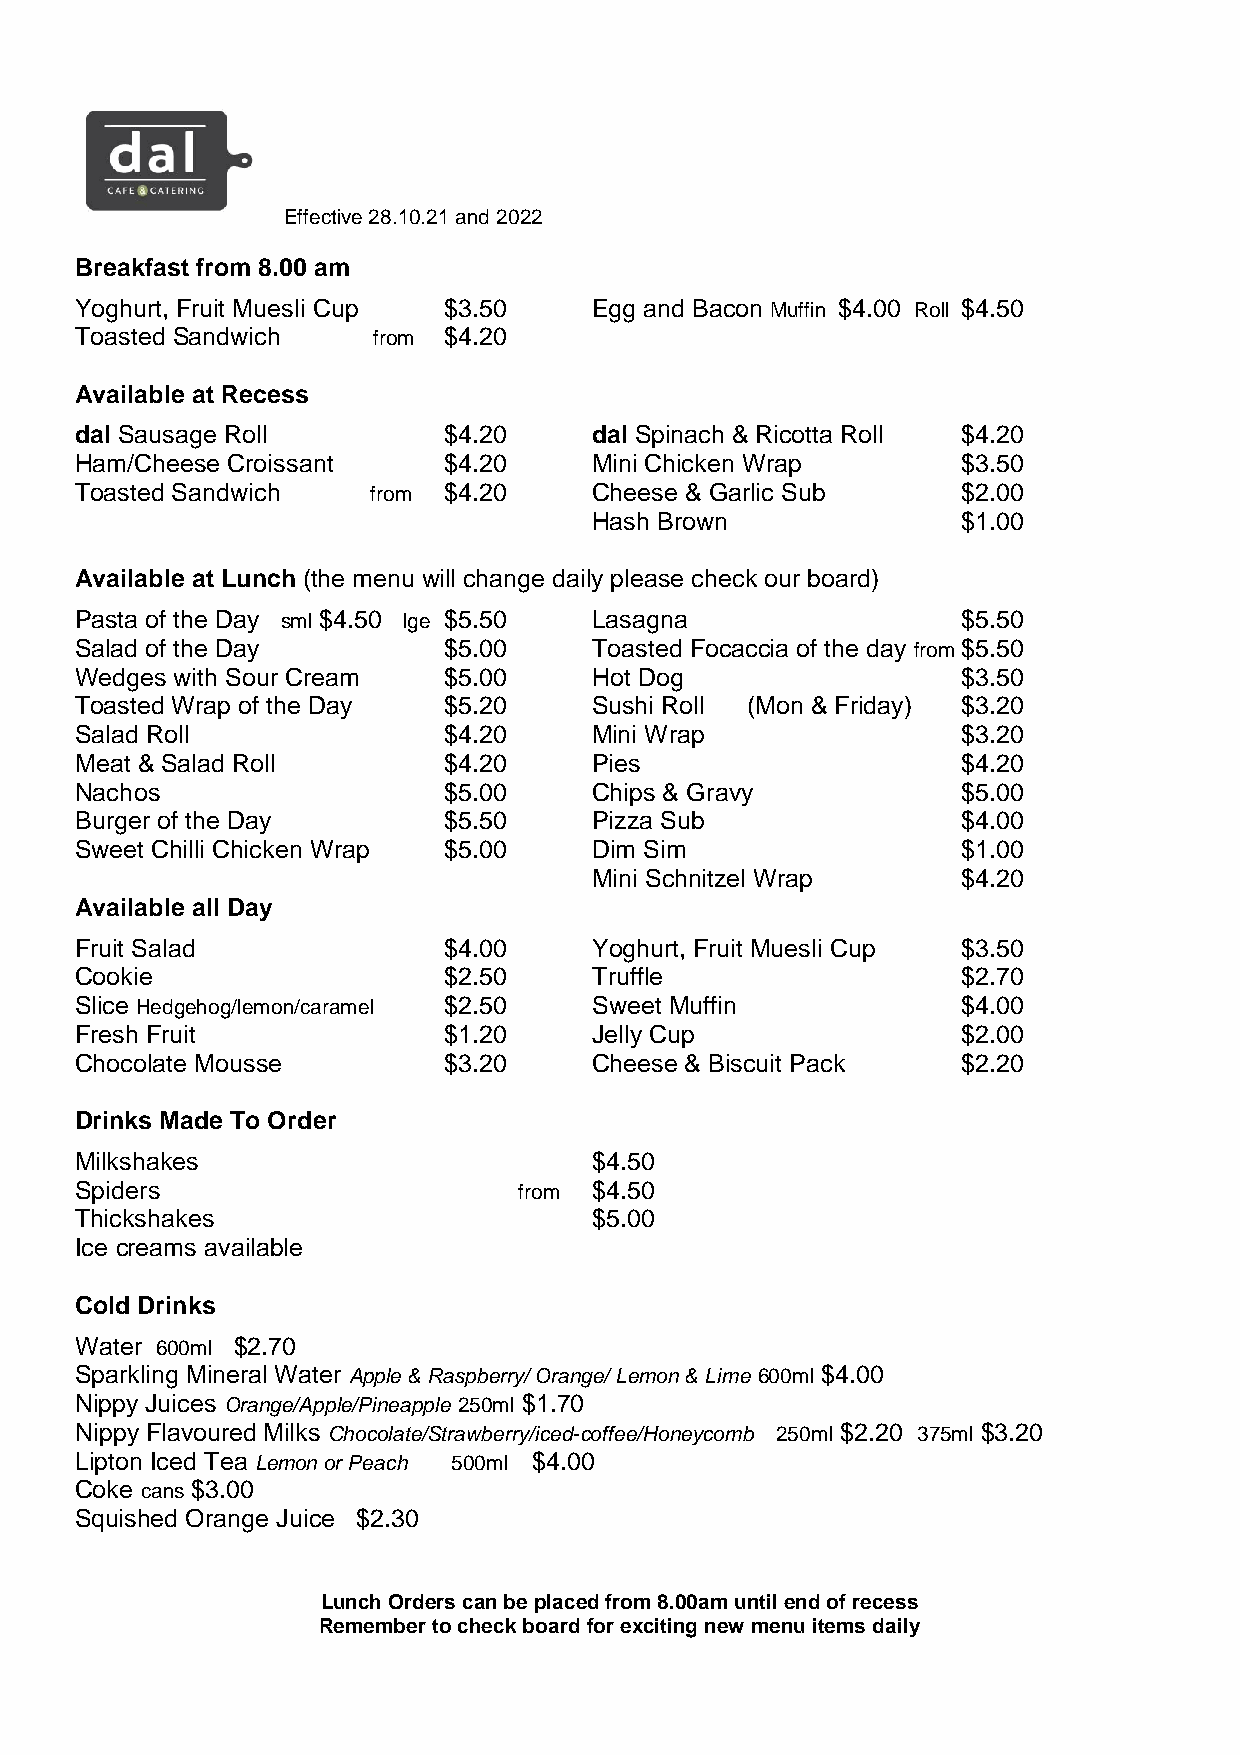
Effective 28.10.21 and 2022
 Breakfast from 8.00 am
 Yoghurt, Fruit Muesli Cup $3.50   Egg and Bacon Muffin $4.00 Roll $4.50
 Toasted Sandwich    from $4.20
 Available at Recess
 dal Sausage Roll        $4.20     dal Spinach & Ricotta Roll $4.20
 Ham/Cheese Croissant    $4.20     Mini Chicken Wrap        $3.50
 Toasted Sandwich    from $4.20    Cheese & Garlic Sub      $2.00
 Hash Brown               $1.00
 Available at Lunch (the menu will change daily please check our board)
 Pasta of the Day sml $4.50 lge $5.50 Lasagna               $5.50
 Salad of the Day        $5.00     Toasted Focaccia of the day from $5.50
 Wedges with Sour Cream  $5.00     Hot Dog                  $3.50
 Toasted Wrap of the Day $5.20     Sushi Roll (Mon & Friday) $3.20
 Salad Roll              $4.20     Mini Wrap                $3.20
 Meat & Salad Roll       $4.20     Pies                     $4.20
 Nachos                  $5.00     Chips & Gravy            $5.00
 Burger of the Day       $5.50     Pizza Sub                $4.00
 Sweet Chilli Chicken Wrap $5.00   Dim Sim                  $1.00
 Mini Schnitzel Wrap      $4.20
 Available all Day
 Fruit Salad             $4.00     Yoghurt, Fruit Muesli Cup $3.50
 Cookie                  $2.50     Truffle                  $2.70
 Slice Hedgehog/lemon/caramel $2.50 Sweet Muffin            $4.00
 Fresh Fruit             $1.20     Jelly Cup                $2.00
 Chocolate Mousse        $3.20     Cheese & Biscuit Pack    $2.20
 Drinks Made To Order
 Milkshakes                        $4.50
 Spiders                      from $4.50
 Thickshakes                       $5.00
 Ice creams available
 Cold Drinks
 Water 600ml $2.70
 Sparkling Mineral Water Apple & Raspberry/ Orange/ Lemon & Lime 600ml $4.00
 Nippy Juices Orange/Apple/Pineapple 250ml $1.70
 Nippy Flavoured Milks Chocolate/Strawberry/iced-coffee/Honeycomb 250ml $2.20 375ml $3.20
 Lipton Iced Tea Lemon or Peach 500ml $4.00
 Coke cans $3.00
 Squished Orange Juice $2.30
 Lunch Orders can be placed from 8.00am until end of recess
 Remember to check board for exciting new menu items daily